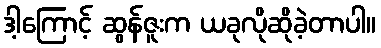
ဒါ့ကြောင့် ဆွန်ဇူးက ယခုလိုဆိုခဲ့တာပါ။